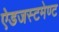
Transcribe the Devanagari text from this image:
ऐडजस्टमेण्ट